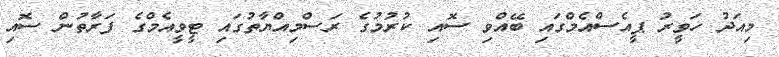
މިއަދު ހަވީރު ޕީއެސްއެމްގައި ބޭއްވި ސޮއި ކުރުމުގެ ރަސްމިއްޔާތުގައި ޓީވީއެމްގެ ފަރާތުން ސޮއި